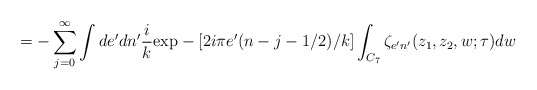
\begin{align*}=-\sum_{j=0}^{\infty}\int de'dn'\frac{i}{k}\mbox{exp}-[2i\pi e'(n-j-1/2)/k]\int_{C_{7}} \zeta_{e'n'}(z_{1},z_{2},w;\tau)dw\end{align*}